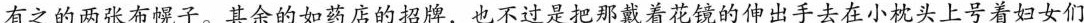
有之的两张布幌子。其余的如药店的招牌，也不过是把那戴着花镜的伸出手去在小枕头上号着妇女们